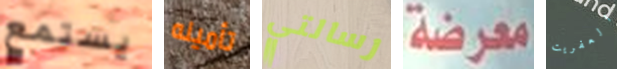
يستمع تأمينه رسالتي معرضة العفريت